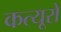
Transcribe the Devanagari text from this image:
कत्यूरों